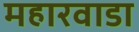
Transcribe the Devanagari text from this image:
महारवाडा